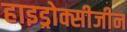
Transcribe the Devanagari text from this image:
हाइड्रोक्सीजीन